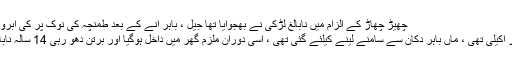
چھیڑ چھاڑ کے الزام میں نابالغ لڑکی نے بھجوایا تھا جیل ، باہر آنے کے بعد طمنچہ کی نوک پر کی آبروریزی– News18 Urdu
متاثرہ کے مطابق وہ گھر پر اکیلی تھی ، ماں باہر دکان سے سامنے لینے کیلئے گئی تھی ، اسی دوران ملزم گھر میں داخل ہوگیا اور برتن دھو رہی 14 سالہ نابالغ لڑکی کی آبروریزی کی ۔